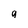
Character: 9